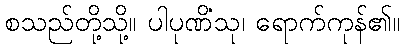
စသည်တို့သို့။ ပါပုဏိံသု၊ ရောက်ကုန်၏။